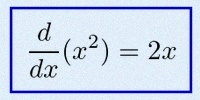
\frac{d}{dx}(x^2)=2x